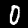
Digit: 0